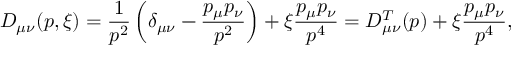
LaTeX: D _ { \mu \nu } ( p , \xi ) = \frac { 1 } { p ^ { 2 } } \left( \delta _ { \mu \nu } - \frac { p _ { \mu } p _ { \nu } } { p ^ { 2 } } \right) + \xi \frac { p _ { \mu } p _ { \nu } } { p ^ { 4 } } = D _ { \mu \nu } ^ { T } ( p ) + \xi \frac { p _ { \mu } p _ { \nu } } { p ^ { 4 } } ,